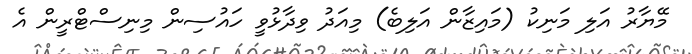
މޭޔާރު އަލި މަނިކު (މައިޒާން އަލިބެ) މިއަދު ވިދާޅުވީ ހައުސިން މިނިސްޓްރީން އެ